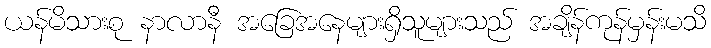
ယန်မိသားစု နာလာနီ အခြေအနေများရှိသူများသည် အချိန်ကုန်မှန်းမသိ